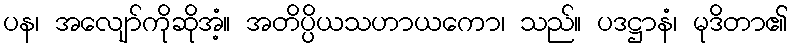
ပန၊ အလျော်ကိုဆိုအံ့။ အတိပ္ပိယသဟာယကော၊ သည်။ ပဒဋ္ဌာနံ၊ မုဒိတာ၏